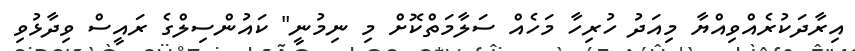
އިރާދަކުރެއްވިއްޔާ މިއަދު ހުރިހާ މަހެއް ސަލާމަތްކޮށް މި ނިމުނީ" ކައުންސިލްގެ ރައީސް ވިދާޅުވި